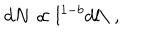
LaTeX: d N \propto l ^ { 1 - b } d l \mathrm { \ } ,